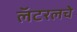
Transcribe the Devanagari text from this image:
लॅटरलचे